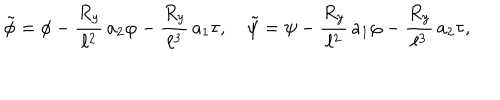
\tilde { \phi } = \phi - { \frac { R _ { y } } { \ell ^ { 2 } } } \, a _ { 2 } \varphi - { \frac { R _ { y } } { \ell ^ { 3 } } } \, a _ { 1 } \tau , \quad \tilde { \psi } = \psi - { \frac { R _ { y } } { \ell ^ { 2 } } } \, a _ { 1 } \varphi - { \frac { R _ { y } } { \ell ^ { 3 } } } \, a _ { 2 } \tau ,